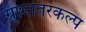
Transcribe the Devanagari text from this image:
ग्रामांतरकल्प